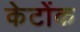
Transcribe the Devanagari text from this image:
केटोंक